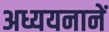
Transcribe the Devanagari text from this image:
अध्ययनानें